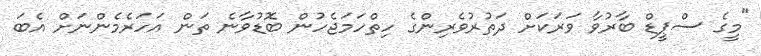
"މީގެ ސްޕީޑް ބާރުވާ ވަރަކަށް ދަތުރުވެރިންގެ ހިތްހަމަޖެހުން ބޮޑުވާނެ ތަން އަހަރެމެންނަށް އެބަ